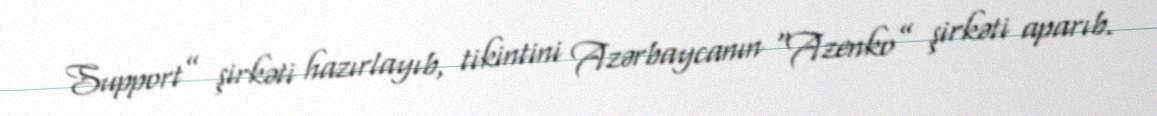
Support” şirkəti hazırlayıb, tikintini Azərbaycanın “Azenko” şirkəti aparıb.